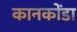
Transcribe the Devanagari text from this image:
कानकोंडा